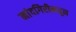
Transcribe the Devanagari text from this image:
नांदगिरीमधून